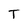
Character: T